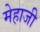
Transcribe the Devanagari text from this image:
मेहाजी